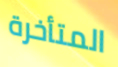
المتأخرة